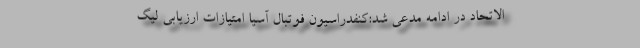
الاتحاد در ادامه مدعی شد:کنفدراسیون فوتبال آسیا امتیازات ارزیابی لیگ